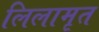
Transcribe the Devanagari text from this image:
लिलामृत